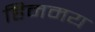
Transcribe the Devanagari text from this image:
हिममय